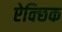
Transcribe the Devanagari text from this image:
ऐक्छिक